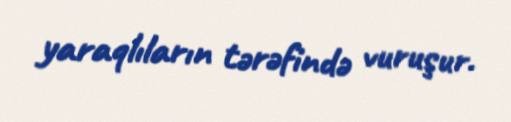
yaraqlıların tərəfində vuruşur.